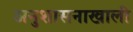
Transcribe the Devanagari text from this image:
अनुशासनाखाली